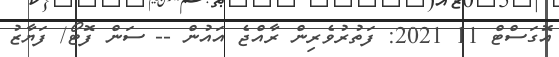
އޮގަސްޓް 11 2021: ފަތުރުވެރިން ރާއްޖެ އައުން -- ސަން ފޮޓޯ/ ފަޔާޒު